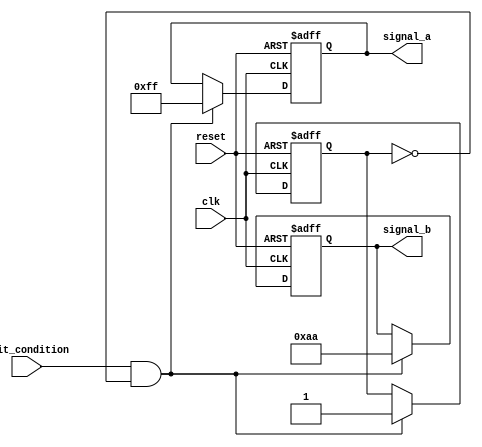
module ConditionalInitialization #(
    parameter WIDTH = 8
) (
    input wire clk,                  // Clock signal
    input wire reset,                // Asynchronous reset signal
    input wire init_condition,       // Condition for initialization
    output reg [WIDTH-1:0] signal_a, // Signal A to be initialized
    output reg [WIDTH-1:0] signal_b  // Signal B to be initialized
);

    // State variables
    reg initialized;                 // Initialization flag

    // Initialization Logic
    always @(posedge clk or posedge reset) begin
        if (reset) begin
            // Reset state and signals
            initialized <= 1'b0;
            signal_a <= {WIDTH{1'b0}}; // Set signal_a to 0
            signal_b <= {WIDTH{1'b0}}; // Set signal_b to 0
        end else if (init_condition && !initialized) begin
            // Perform initialization if condition met
            signal_a <= 8'hFF; // Example: Initialize signal_a to all 1s
            signal_b <= 8'hAA; // Example: Initialize signal_b to alternating 1s and 0s
            initialized <= 1'b1; // Set initialized flag to true
        end
        // If already initialized, do not change signals
    end

endmodule